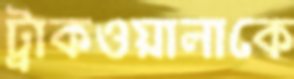
ট্রাকওয়ালাকে